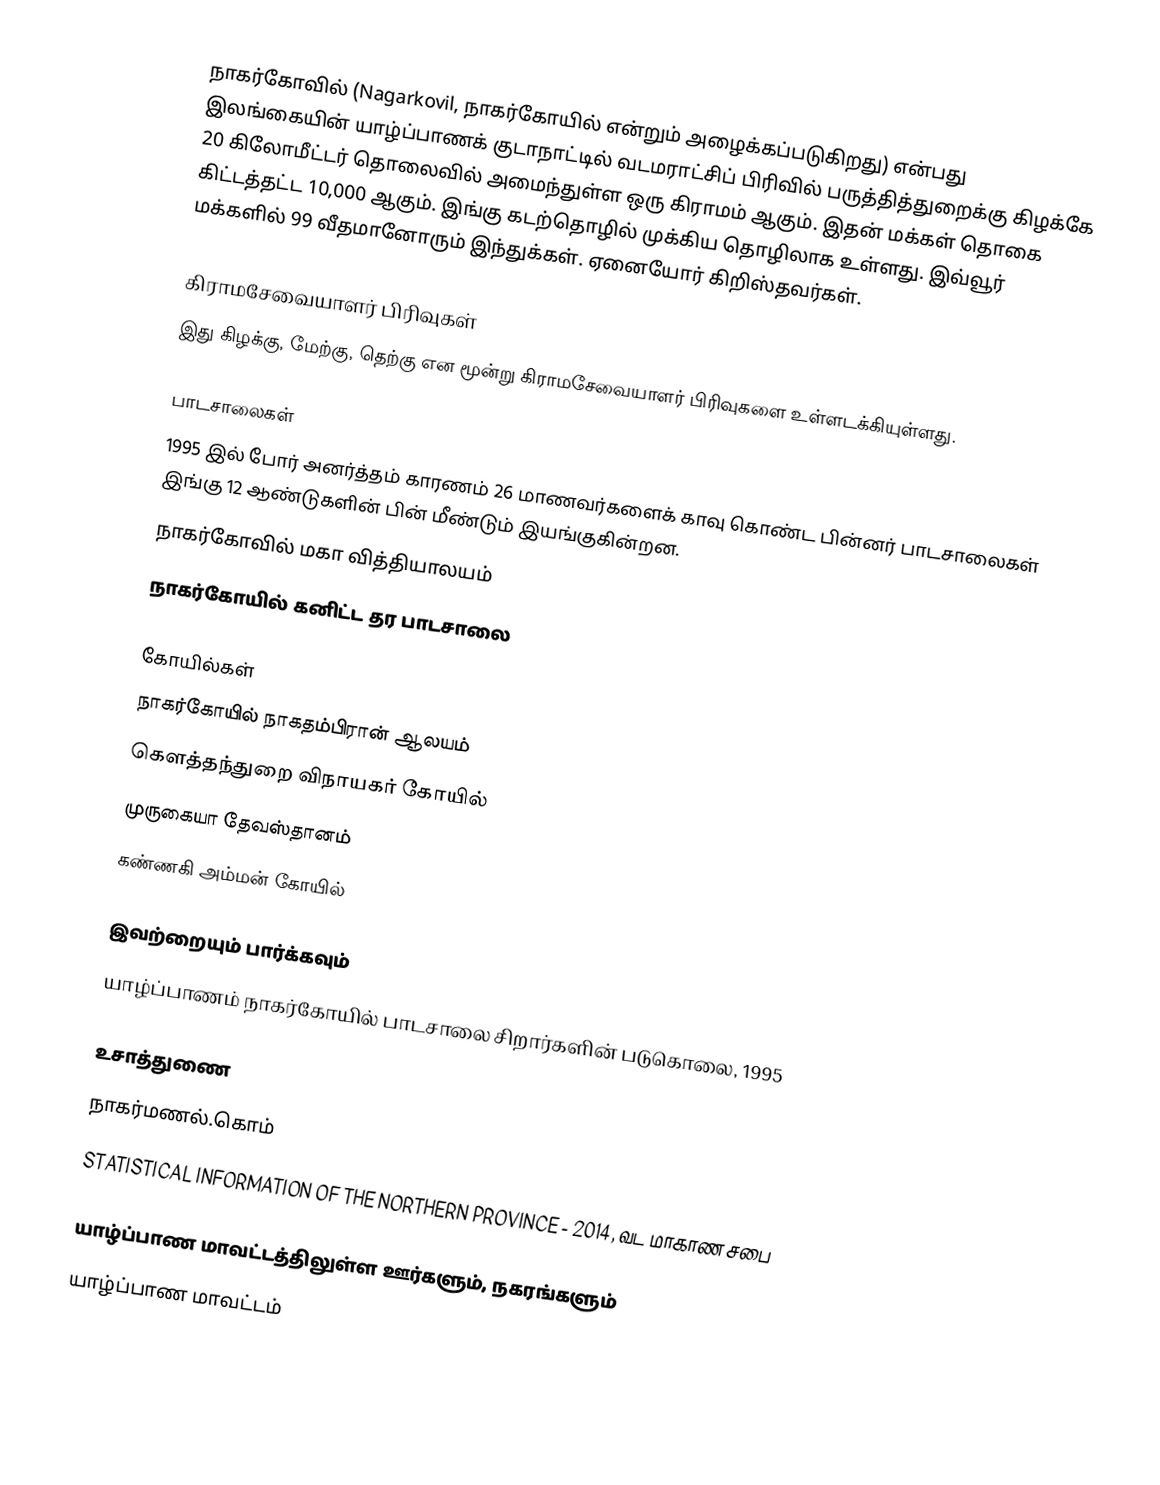
நாகர்கோவில் (Nagarkovil, நாகர்கோயில் என்றும் அழைக்கப்படுகிறது) என்பது இலங்கையின் யாழ்ப்பாணக் குடாநாட்டில்  வடமராட்சிப் பிரிவில் பருத்தித்துறைக்கு கிழக்கே 20 கிலோமீட்டர் தொலைவில் அமைந்துள்ள ஒரு கிராமம் ஆகும். இதன் மக்கள் தொகை கிட்டத்தட்ட 10,000 ஆகும். இங்கு கடற்தொழில் முக்கிய தொழிலாக உள்ளது. இவ்வூர் மக்களில் 99 வீதமானோரும் இந்துக்கள். ஏனையோர் கிறிஸ்தவர்கள்.

கிராமசேவையாளர் பிரிவுகள்
இது கிழக்கு, மேற்கு, தெற்கு என மூன்று கிராமசேவையாளர் பிரிவுகளை உள்ளடக்கியுள்ளது.

பாடசாலைகள்
1995 இல் போர் அனர்த்தம் காரணம் 26 மாணவர்களைக் காவு கொண்ட பின்னர் பாடசாலைகள் இங்கு 12 ஆண்டுகளின் பின் மீண்டும் இயங்குகின்றன.
 நாகர்கோவில் மகா வித்தியாலயம்
 நாகர்கோயில் கனிட்ட தர பாடசாலை

கோயில்கள்
 நாகர்கோயில் நாகதம்பிரான் ஆலயம்
 கெளத்தந்துறை விநாயகர் கோயில்
 முருகையா தேவஸ்தானம்
 கண்ணகி அம்மன் கோயில்

இவற்றையும் பார்க்கவும்
 யாழ்ப்பாணம் நாகர்கோயில் பாடசாலை சிறார்களின் படுகொலை, 1995

உசாத்துணை
 நாகர்மணல்.கொம்
 STATISTICAL INFORMATION OF THE NORTHERN PROVINCE - 2014, வட மாகாண சபை

யாழ்ப்பாண மாவட்டத்திலுள்ள ஊர்களும், நகரங்களும்
யாழ்ப்பாண மாவட்டம்